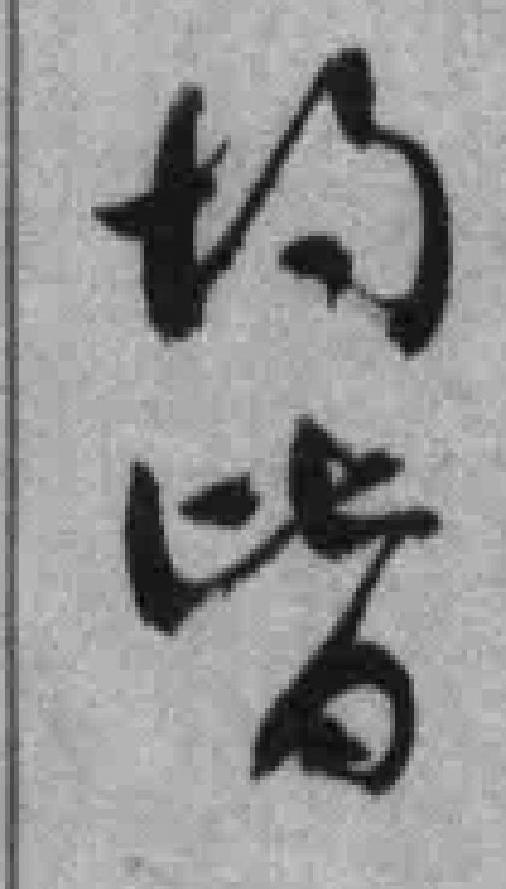
均皆